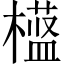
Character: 𬄱